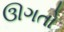
ઊગતો